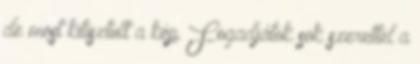
de most kitisztult a kép. Fogadjátok sok szerettel a